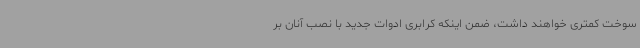
سوخت کمتری خواهند داشت، ضمن اینکه کرابری ادوات جدید با نصب آنان بر